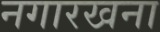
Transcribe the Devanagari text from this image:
नगारखना